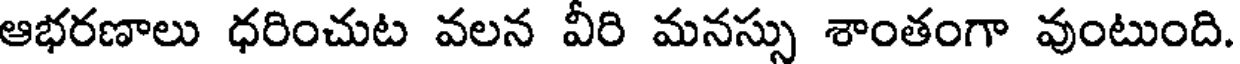
ఆభరణాలు ధరించుట వలన వీరి మనస్సు శాంతంగా వుంటుంది.